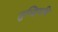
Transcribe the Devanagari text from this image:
तुम्हियबि